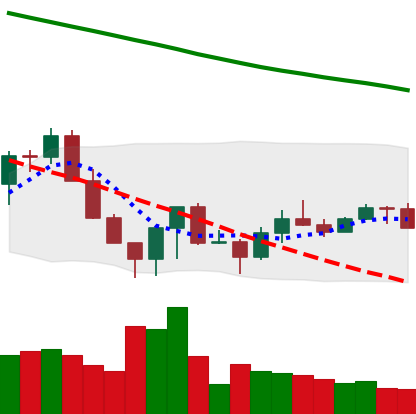
Ticker: LINK-USD
Chart end date: 2022-06-26
Forward return: -10.016%
Label: down_7plus